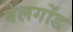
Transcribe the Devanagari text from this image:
बेलगोंड